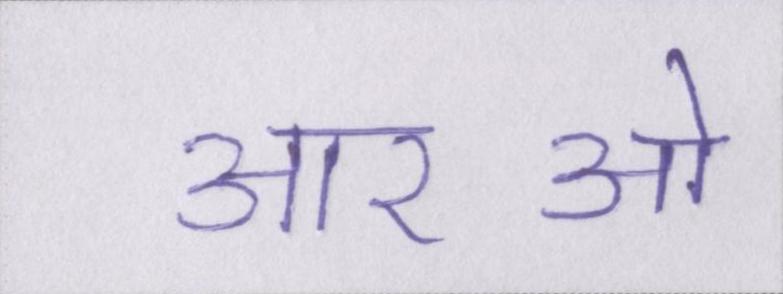
आरओ